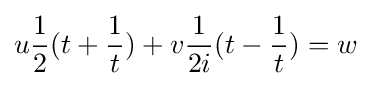
u{1 \over 2}(t+{1 \over t})+v{1 \over 2i}(t-{1 \over t})=w